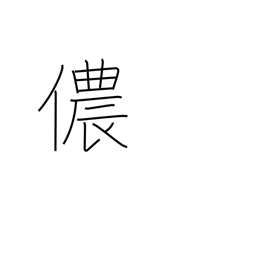
Meaning: his